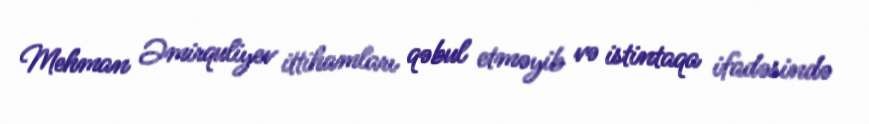
Mehman Əmirquliyev ittihamları qəbul etməyib və istintaqa ifadəsində